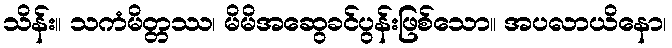
သိန်း။ သကံမိတ္တဿ၊ မိမိအဆွေခင်ပွန်းဖြစ်သော။ အပလာယိနော၊